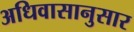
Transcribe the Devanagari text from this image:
अधिवासानुसार